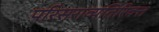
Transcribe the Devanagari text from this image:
परिसराव्यतिरिक्त